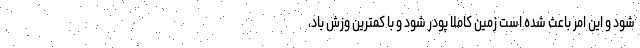
شود و این امر باعث شده است زمین کاملاً پودر شود و با کمترین وزش باد،